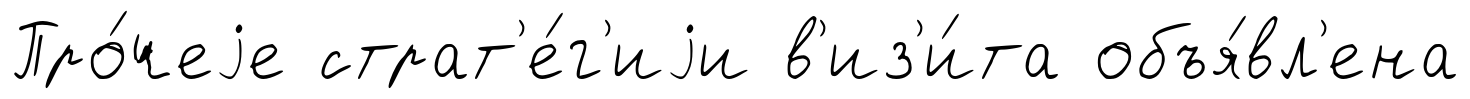
Про́чеjе страт'е́г'иjи в'из'и́та объя́вл'ена